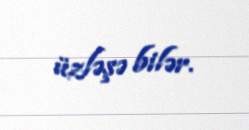
üzləşə bilər.